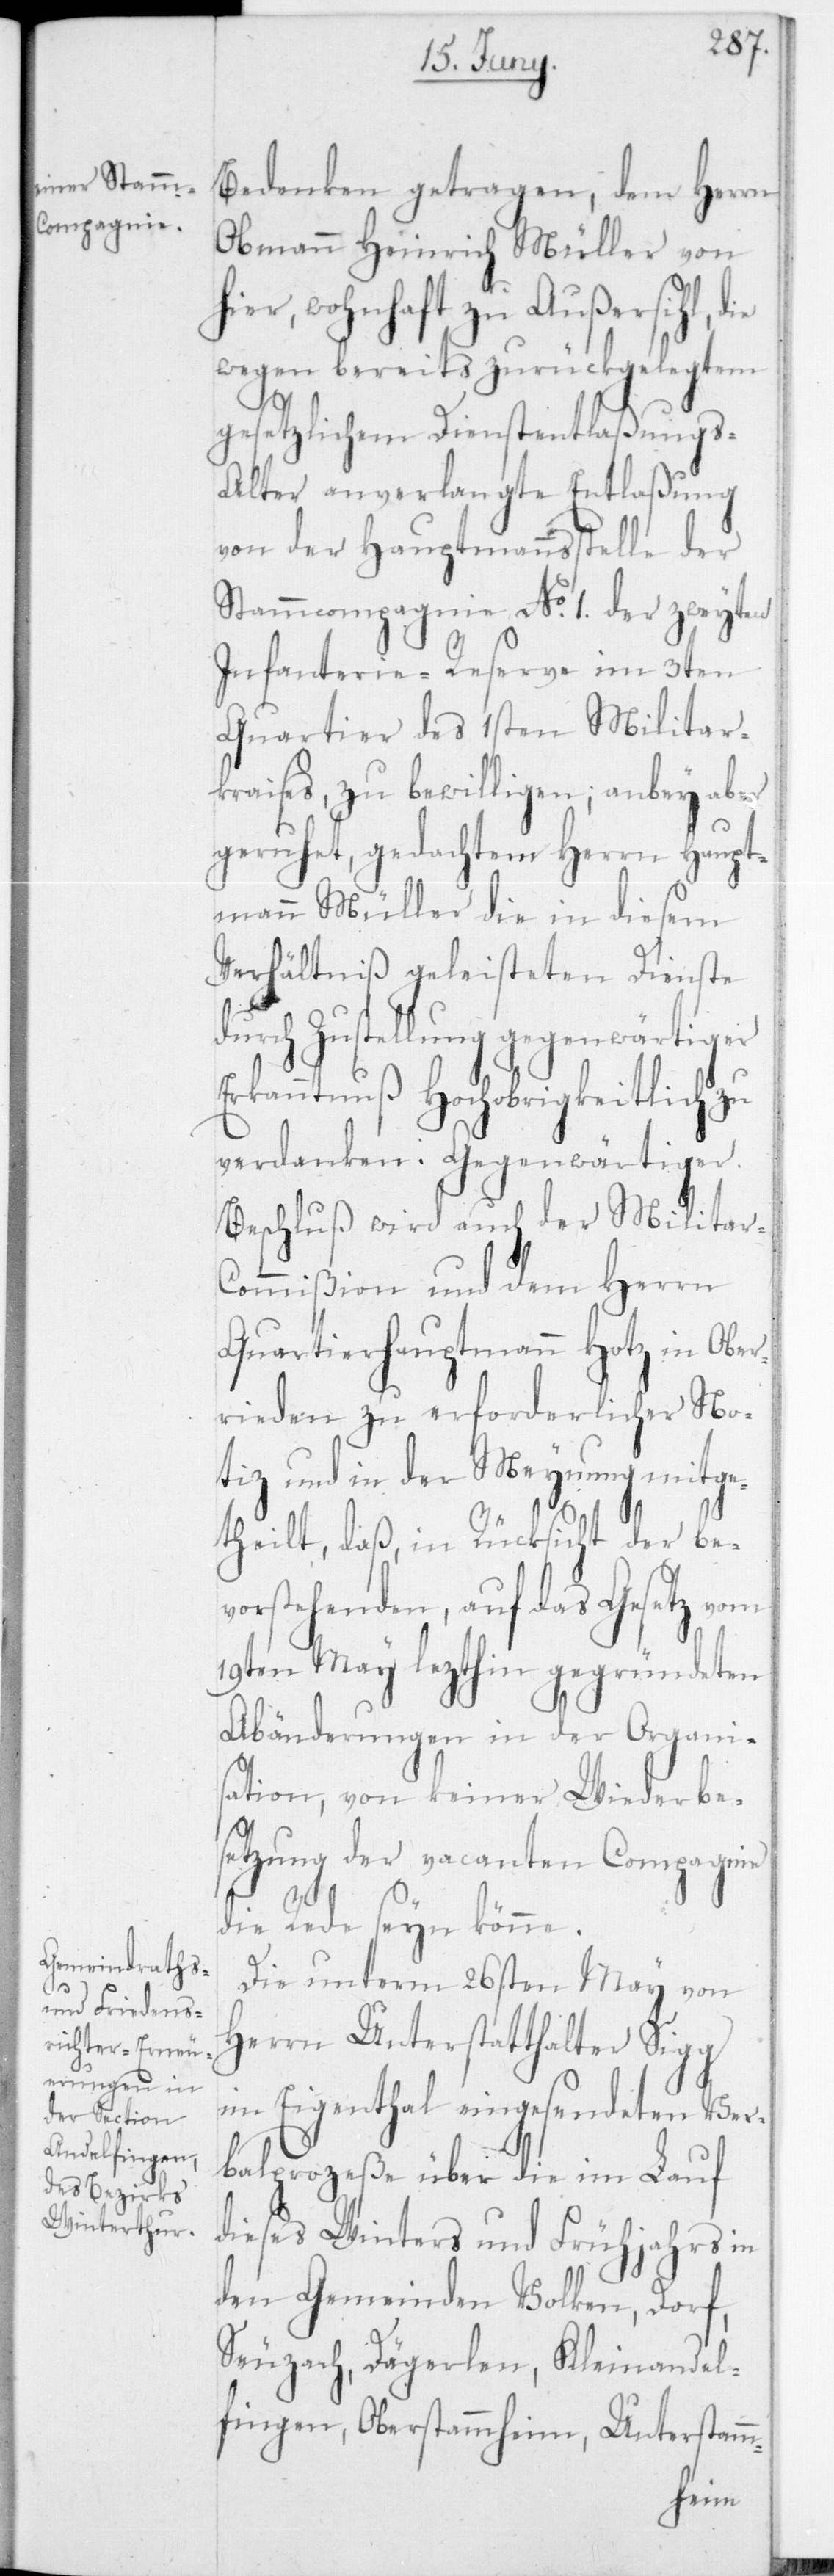
Bedenken getragen, dem Herrn
Obmann Heinrich Müller von
hier, wohnhaft zu Außersihl, die
wegen bereits zurückgelegtem
gesetzlichem Dienstentlaßungs-A¬
lter anverlangte Entlaßung
von der Hauptmannsstelle der
Stammcompagnie No 1 der zweyten
Infanterie-Reserve im 3ten
Quartier des 1sten Militar¬
kreises, zu bewilligen, anbey aber
geruhet, gedachtem Herrn Haupt¬
mann Müller die in diesem
Verhältniß geleisteten Dienste
durch Zustellung gegenwärtiger
Erkanntnuß Hochobrigkeitlich zu
Beschluß wird auch der Militar-C¬
ommißion und dem Herrn
Quartierhauptmann Hotz in Ober¬
rieden zu erforderlicher No¬
tiz und in der Meynung mitge¬
theilt, daß in Rücksicht der be¬
vorstehenden, auf das Gesetz vom
19ten May lezthin gegründeten
Abänderungen in der Organi¬
sation, von keiner Wiederbe¬
setzung der vacanten Compagnie
die Rede seyn könne.
Die unterm 26sten May von
Herrn Unterstatthalter Sigg
im Eigenthal eingesendeten Ver¬
balprozeß e über die im Lauf
dieses Winters und Frühjahrs in
den Gemeinden Volken, Dorf,
Seuzach, Dägerlen, Kleinandel¬
fingen, Oberstammheim, Unterstamm-